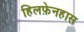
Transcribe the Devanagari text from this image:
हिलफ़ेनहास